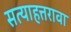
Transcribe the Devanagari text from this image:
सत्याहत्तरावा